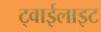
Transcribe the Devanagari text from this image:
ट्वाईलाइट